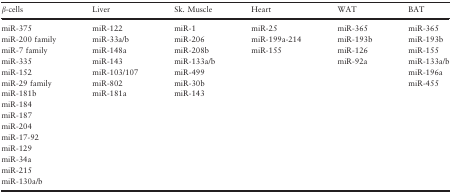
| β‐cells | Liver | Sk. Muscle | Heart | WAT | BAT |
 | --- | --- | --- | --- | --- | --- |
 | miR‐375 | miR‐122 | miR‐1 | miR‐25 | miR‐365 | miR‐365 |
 | miR‐200 family | miR‐33a/b | miR‐206 | miR‐199a‐214 | miR‐193b | miR‐193b |
 | miR‐7 family | miR‐148a | miR‐208b | miR‐155 | miR‐126 | miR‐155 |
 | miR‐335 | miR‐143 | miR‐133a/b |  | miR‐92a | miR‐133a/b |
 | miR‐152 | miR‐103/107 | miR‐499 |  |  | miR‐196a |
 | miR‐29 family | miR‐802 | miR‐30b |  |  | miR‐455 |
 | miR‐181b | miR‐181a | miR‐143 |  |  |  |
 | miR‐184 |  |  |  |  |  |
 | miR‐187 |  |  |  |  |  |
 | miR‐204 |  |  |  |  |  |
 | miR‐17‐92 |  |  |  |  |  |
 | miR‐129 |  |  |  |  |  |
 | miR‐34a |  |  |  |  |  |
 | miR‐215 |  |  |  |  |  |
 | miR‐130a/b |  |  |  |  |  |